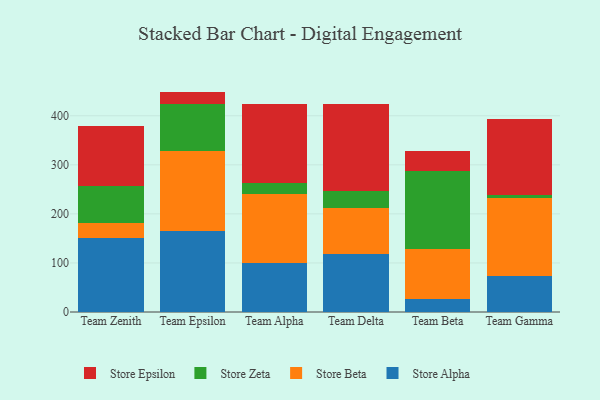
{"axis": {"x": "Team", "y": "Revenue (USD Million)"}, "legend": ["Store Alpha", "Store Beta", "Store Epsilon", "Store Zeta"], "data": [{"x": "Team Zenith", "y": 151.1, "type": "Store Alpha"}, {"x": "Team Zenith", "y": 31.3, "type": "Store Beta"}, {"x": "Team Zenith", "y": 74.6, "type": "Store Zeta"}, {"x": "Team Zenith", "y": 122.4, "type": "Store Epsilon"}, {"x": "Team Epsilon", "y": 164.9, "type": "Store Alpha"}, {"x": "Team Epsilon", "y": 163.6, "type": "Store Beta"}, {"x": "Team Epsilon", "y": 96.1, "type": "Store Zeta"}, {"x": "Team Epsilon", "y": 24.7, "type": "Store Epsilon"}, {"x": "Team Alpha", "y": 99.1, "type": "Store Alpha"}, {"x": "Team Alpha", "y": 141.3, "type": "Store Beta"}, {"x": "Team Alpha", "y": 21.7, "type": "Store Zeta"}, {"x": "Team Alpha", "y": 161.4, "type": "Store Epsilon"}, {"x": "Team Delta", "y": 117.3, "type": "Store Alpha"}, {"x": "Team Delta", "y": 94.4, "type": "Store Beta"}, {"x": "Team Delta", "y": 35.1, "type": "Store Zeta"}, {"x": "Team Delta", "y": 177.0, "type": "Store Epsilon"}, {"x": "Team Beta", "y": 27.0, "type": "Store Alpha"}, {"x": "Team Beta", "y": 100.7, "type": "Store Beta"}, {"x": "Team Beta", "y": 159.1, "type": "Store Zeta"}, {"x": "Team Beta", "y": 40.5, "type": "Store Epsilon"}, {"x": "Team Gamma", "y": 72.7, "type": "Store Alpha"}, {"x": "Team Gamma", "y": 159.0, "type": "Store Beta"}, {"x": "Team Gamma", "y": 6.7, "type": "Store Zeta"}, {"x": "Team Gamma", "y": 156.0, "type": "Store Epsilon"}]}